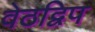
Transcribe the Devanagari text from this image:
वेठद्विप